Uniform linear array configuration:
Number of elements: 48
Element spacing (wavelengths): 1
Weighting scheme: hamming
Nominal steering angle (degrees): -15
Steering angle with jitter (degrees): -13.571
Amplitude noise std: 0.05
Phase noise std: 0.05

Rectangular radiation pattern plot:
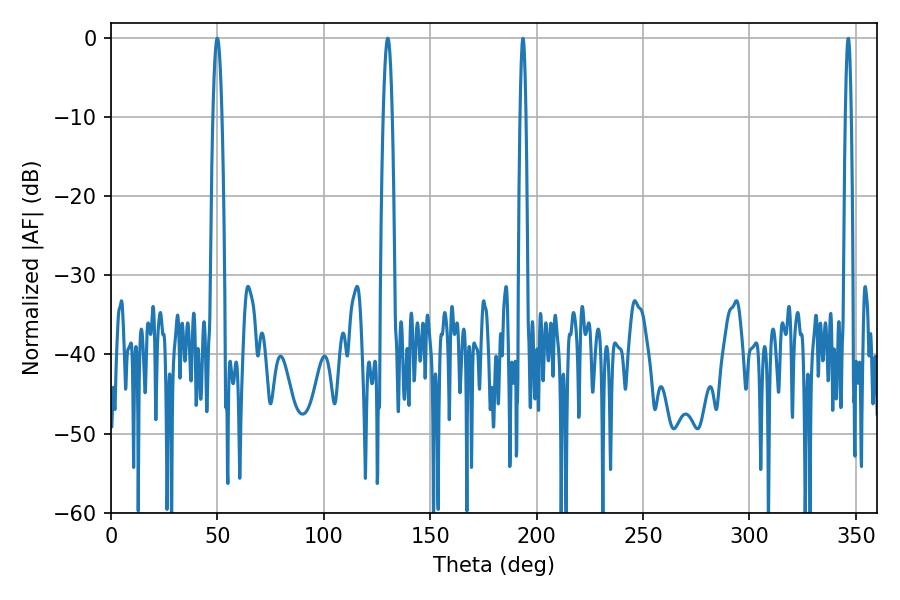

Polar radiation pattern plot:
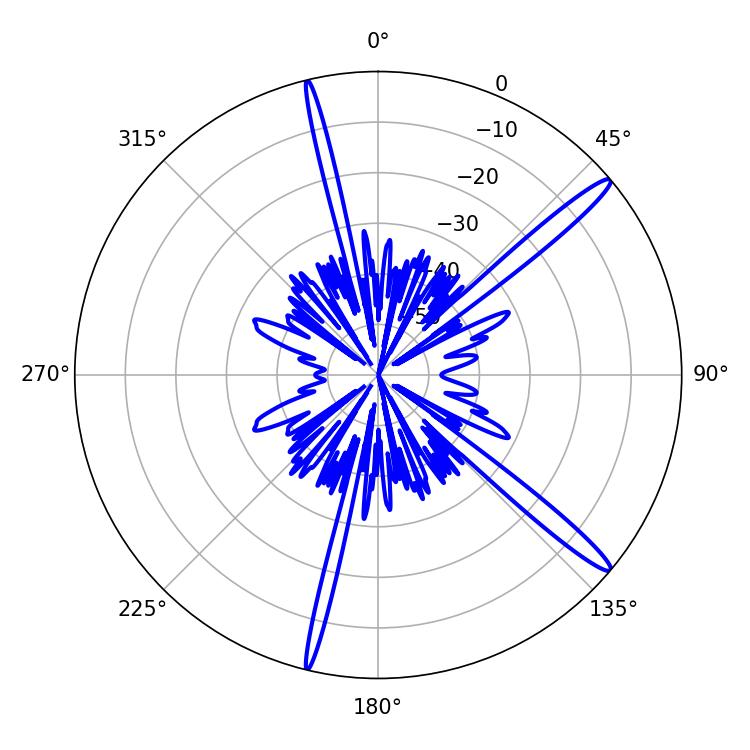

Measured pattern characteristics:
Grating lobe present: TRUE
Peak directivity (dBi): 15.627
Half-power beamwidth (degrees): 2.34
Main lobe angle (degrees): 49.86